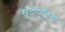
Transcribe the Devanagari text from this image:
खुटीपुटिया